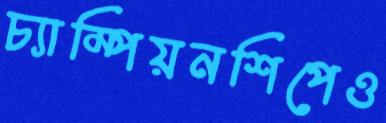
চ্যাম্পিয়নশিপেও